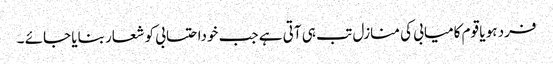
فرد ہو یا قوم کامیابی کی منازل تب ہی آتی ہے جب خوداحتسابی کو شعار بنایا جائے ۔